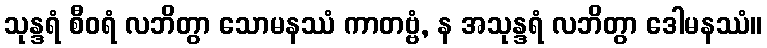
သုန္ဒရံ စီဝရံ လဘိတွာ သောမနဿံ ကာတဗ္ဗံ, န အသုန္ဒရံ လဘိတွာ ဒေါမနဿံ။